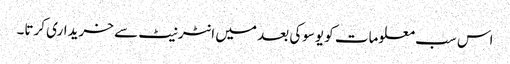
اس سب معلومات کو یوسوکی بعد میں انٹرنیٹ سے خریداری کرتا۔